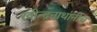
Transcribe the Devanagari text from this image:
रवीन्द्रनाथांनीच